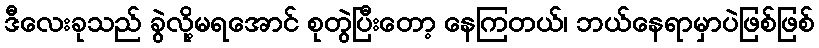
ဒီလေးခုသည် ခွဲလို့မရအောင် စုတွဲပြီးတော့ နေကြတယ်၊ ဘယ်နေရာမှာပဲဖြစ်ဖြစ်